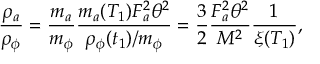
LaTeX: \frac { \rho _ { a } } { \rho _ { \phi } } = \frac { m _ { a } } { m _ { \phi } } \frac { m _ { a } ( T _ { 1 } ) F _ { a } ^ { 2 } \theta ^ { 2 } } { \rho _ { \phi } ( t _ { 1 } ) / m _ { \phi } } = \frac { 3 } { 2 } \frac { F _ { a } ^ { 2 } \theta ^ { 2 } } { M ^ { 2 } } \frac { 1 } { \xi ( T _ { 1 } ) } ,